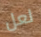
لعل